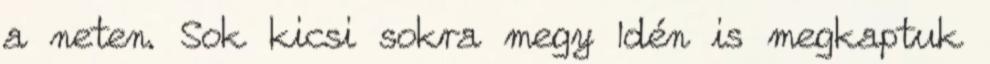
a neten. Sok kicsi sokra megy Idén is megkaptuk